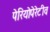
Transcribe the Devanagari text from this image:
पेरियोपेरेटीव